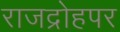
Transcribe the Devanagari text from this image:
राजद्रोहपर